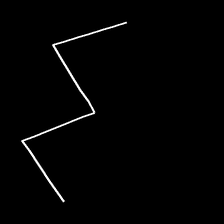
Glyph: crush